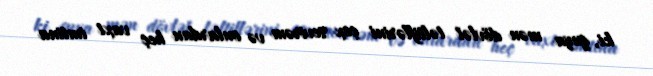
ki, guya mən dövlət təltiflərini çox sevirəm və onlardan heç vaxt imtina